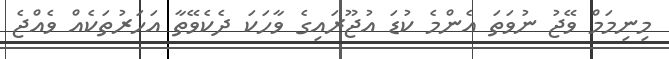
މިނިމަމް ވޭޖު ނުވަތަ އެންމެ ކުޑަ އުޖޫރައިގެ ވާހަކަ ދެކެވޭތާ އަހަރުތަކެއް ވެއްޖެ